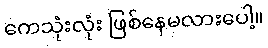
ကေသုံးလုံး ဖြစ်နေမလားပေါ့။